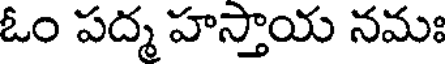
ఓం పద్మ హస్తాయ నమః